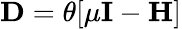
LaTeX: \boldsymbol{\textbf{D}}=\theta[\mu\textbf{I}-{\boldsymbol{\textbf{H}}}]